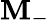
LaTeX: \mathbf{M}_{-}